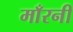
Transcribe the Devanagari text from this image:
माँरनी